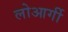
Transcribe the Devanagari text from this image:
लोआर्गी